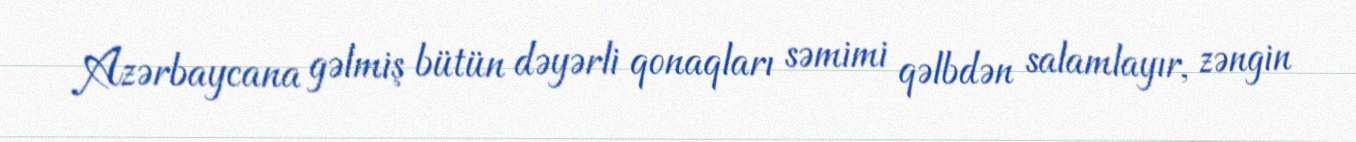
Azərbaycana gəlmiş bütün dəyərli qonaqları səmimi qəlbdən salamlayır, zəngin